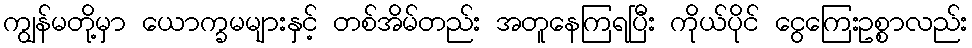
ကျွန်မတို့မှာ ယောက္ခမများနှင့် တစ်အိမ်တည်း အတူနေကြရပြီး ကိုယ်ပိုင် ငွေကြေးဥစ္စာလည်း